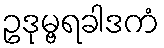
ဥဒုမ္ဗရခါဒကံ